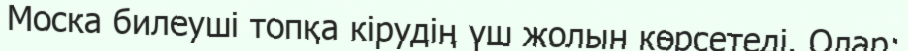
Моска билеуші топқа кірудің үш жолын көрсетеді. Олар: